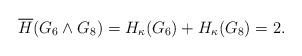
LaTeX: \begin{align*} \overline{H}(G_6\wedge G_8) = H_\kappa(G_6) + H_\kappa(G_8) = 2.\end{align*}